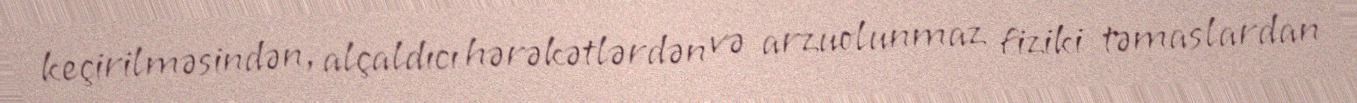
keçirilməsindən, alçaldıcı hərəkətlərdən və arzuolunmaz fiziki təmaslardan